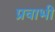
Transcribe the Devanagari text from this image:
प्रवाभी